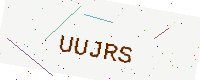
Text: UUJRS